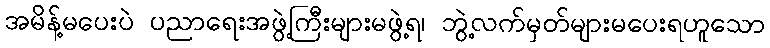
အမိန့်မပေးပဲ ပညာရေးအဖွဲ့ကြီးများမဖွဲ့ရ၊ ဘွဲ့လက်မှတ်များမပေးရဟူသော